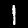
Label: 1